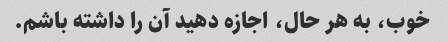
خوب، به هر حال، اجازه دهید آن را داشته باشم.